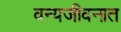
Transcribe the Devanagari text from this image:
वन्यजीवनात